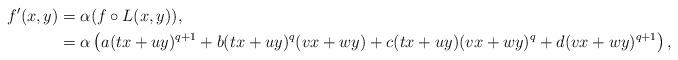
LaTeX: \begin{align*}f'(x,y) &= \alpha ( f \circ L(x,y) ),\\ &= \alpha \left( a (tx+uy)^{q+1} + b (tx+uy)^q (vx+wy) + c(tx+uy) (vx+wy)^q + d (vx+wy)^{q+1} \right),\end{align*}